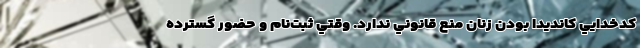
کدخدايي کانديدا بودن زنان منع قانوني ندارد. وقتي ثبت‌نام و حضور گسترده